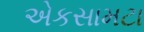
એકસામટા